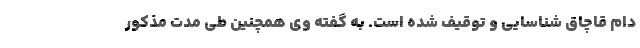
دام قاچاق شناسایی و توقیف شده است. به گفته وی همچنین طی مدت مذکور